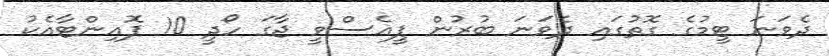
ދެވަނަ ޓީމުގެ ގޮތުގައި ދެވަނަ ބުރުން ޕީއެސްވީ ޖާގަ ހޯދީ 10 ޕޮއިންޓާއެކު